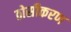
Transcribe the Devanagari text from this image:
ठोसीकरण